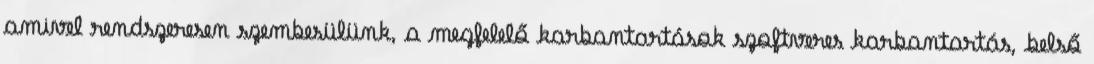
amivel rendszeresen szembesülünk, a megfelelő karbantartások szoftveres karbantartás, belső